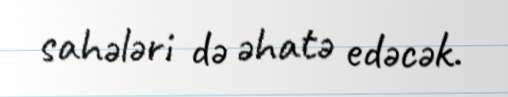
sahələri də əhatə edəcək.